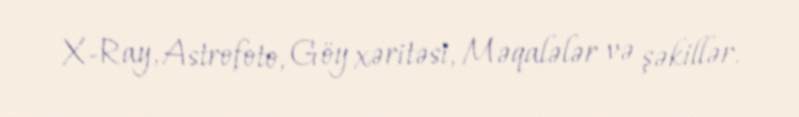
X-Ray, Astrofoto, Göy xəritəsi, Məqalələr və şəkillər.